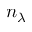
n _ { \lambda }